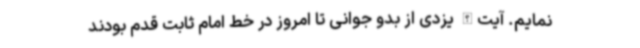
نمایم. آیت‌الله یزدی از بدو جوانی تا امروز در خط امام ثابت قدم بودند